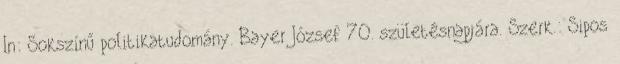
In: Sokszínű politikatudomány. Bayer József 70. születésnapjára. Szerk.: Sipos